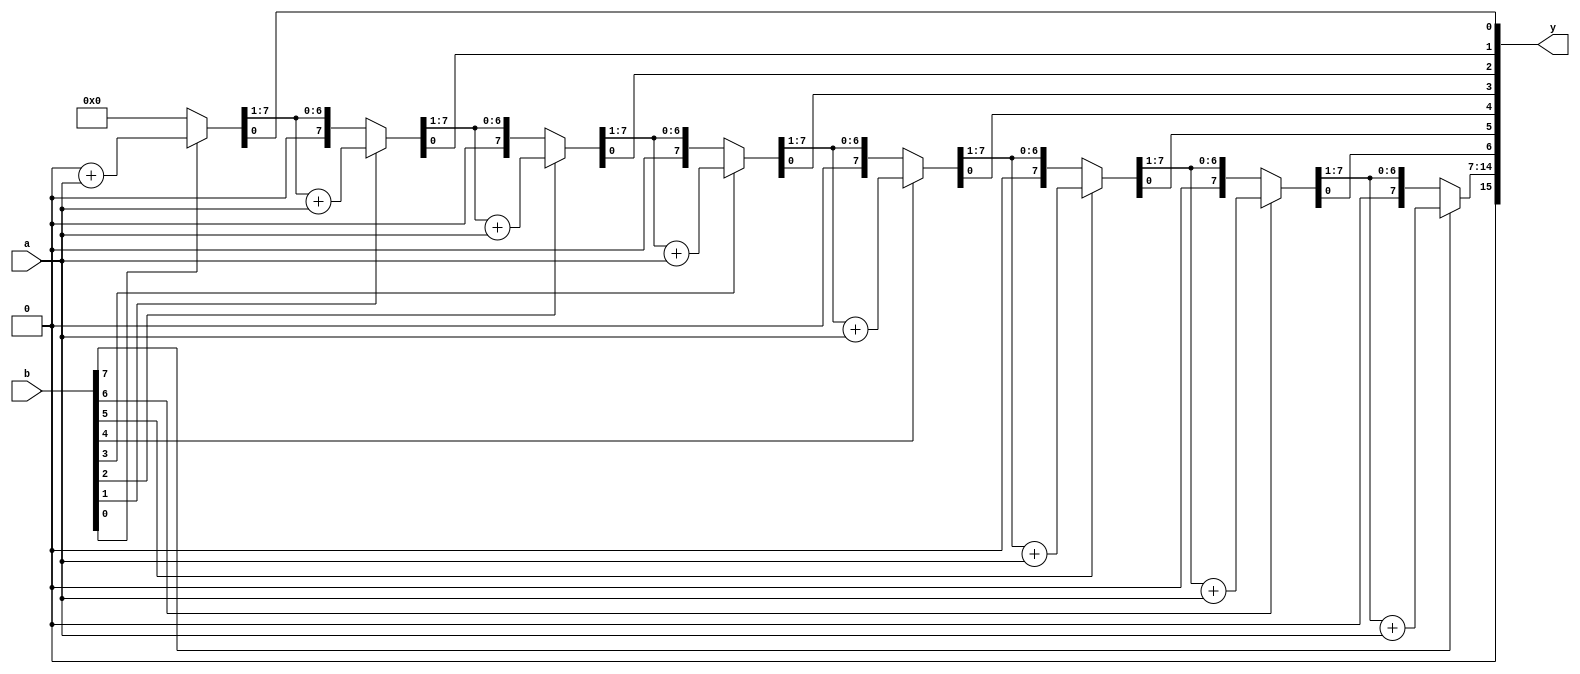
//////////////////////////////////////////////////////////////////////////////
// Algorithm : SHIFT & ADD MULTIPLICATION
// 
// Procedure:
// * A m-bit multiplicand and n-bit multiplier is the input. 
// * (m+n) bit product is the output.
// 1. Load Multiplicand and Multiplier into registers M and Q, respectively.
// 2. Clear register A and set loop count to n.
// 3. Repeat
//		* If Q[0]==1, then A = A+M;
// 		* Right shift register pair A : Q by one bit;
//		* COUNT = COUNT - 1;
//    until COUNT = 0;
//
//////////////////////////////////////////////////////////////////////////////

module Multiply(y,a,b);
input [7:0]a,b;
output reg [15:0]y;
reg [7:0]A, M, Q;
reg [15:0]K;

integer i;
integer count;


always @(*)
	begin
		M = a;
		Q = b;
		A = 0;
		K = {A,Q};
		count = 1;
		for (i=1;i<=8;i=i+1)
			begin
				if(Q[0]==1'b1)
					A = A + M;
				K = {A,Q} >> 1;
				A = K[15:8];
				Q = K[7:0];
				K = {A,Q};
				count = count + 1;
			end
		y = K;
	end
endmodule